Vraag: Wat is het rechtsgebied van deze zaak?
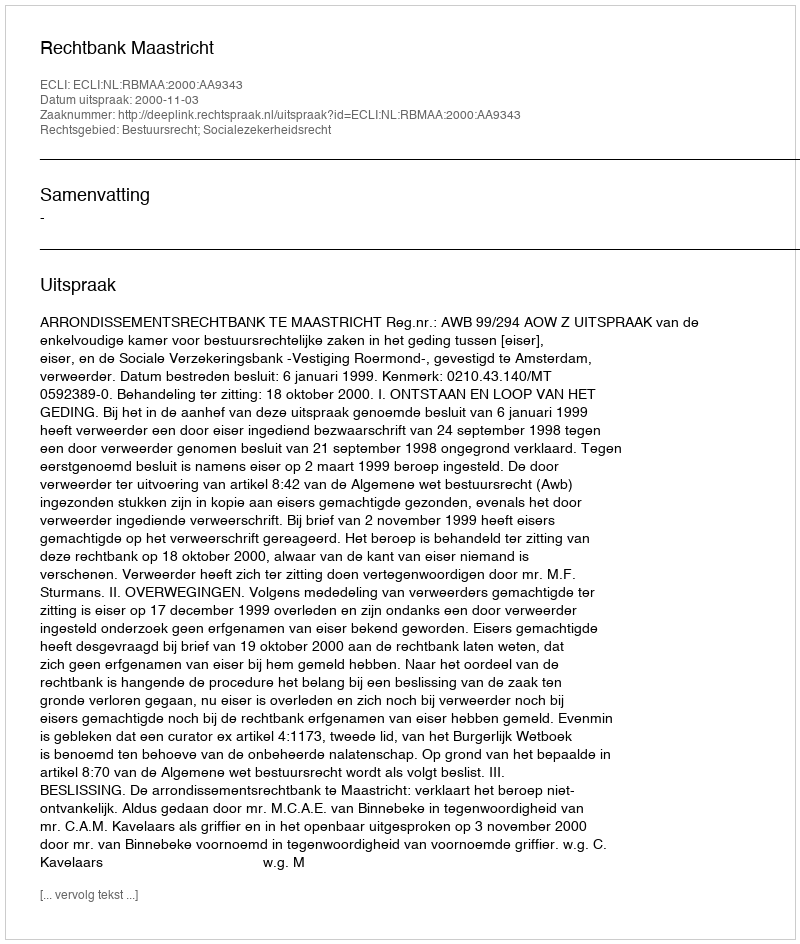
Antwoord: Bestuursrecht; Socialezekerheidsrecht